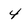
Character: 4